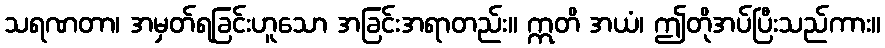
သရဏတာ၊ အမှတ်ရခြင်းဟူသော အခြင်းအရာတည်း။ ဣတိ အယံ၊ ဤတိုအပ်ပြီးသည်ကား။